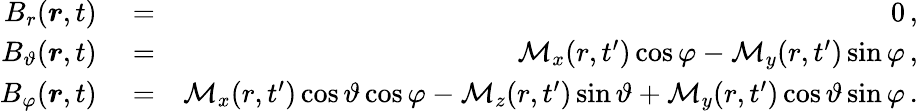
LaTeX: \begin{array}{rlr}{B_{r}(\boldsymbol{r},t)}&{{}=}&{0\, ,}\\ {B_{\vartheta}(\boldsymbol{r},t)}&{{}=}&{\mathcal{M}_{x}(r,t^{\prime})\cos\varphi-\mathcal{M}_{y}(r,t^{\prime})\sin\varphi\, ,}\\ {B_{\varphi}(\boldsymbol{r},t)}&{{}=}&{\mathcal{M}_{x}(r,t^{\prime})\cos\vartheta\cos\varphi-\mathcal{M}_{z}(r,t^{\prime})\sin\vartheta+\mathcal{M}_{y}(r,t^{\prime})\cos\vartheta\sin\varphi\, .}\end{array}